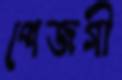
পেজগী